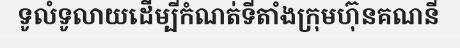
ទូលំទូលាយដើម្បីកំណត់ទីតាំងក្រុមហ៊ុនគណនី